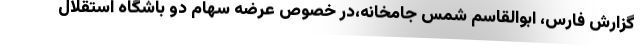
گزارش فارس، ابوالقاسم شمس جامخانه،در خصوص عرضه سهام دو باشگاه استقلال